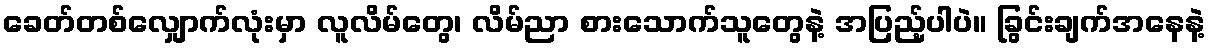
ခေတ်တစ်လျှောက်လုံးမှာ လူလိမ်တွေ၊ လိမ်ညာ စားသောက်သူတွေနဲ့ အပြည့်ပါပဲ။ ခြွင်းချက်အနေနဲ့